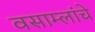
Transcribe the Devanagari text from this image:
वसाम्लांचे